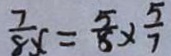
\frac { 7 } { 8 x } = \frac { 5 } { 8 } \times \frac { 5 } { 7 }